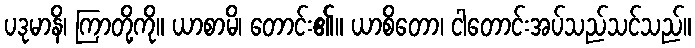
ပဒုမာနိ၊ ကြာတို့ကို။ ယာစာမိ၊ တောင်း၏။ ယာစိတော၊ ငါတောင်းအပ်သည်သင်သည်။